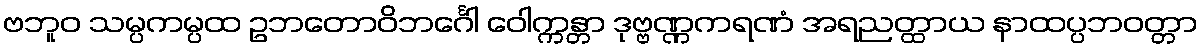
ဗဘူဝ သမ္ပကမ္ပထ ဥဘတောဝိဘင်္ဂေါ ဝေါက္ကန္တာ ဒုဗ္ဗဏ္ဏကရဏံ အရညတ္ထာယ နာထပ္ပဘဝတ္တာ